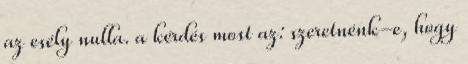
az esély nulla. a kérdés most az: szeretnénk-e, hogy